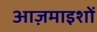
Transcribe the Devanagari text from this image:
आज़माइशों